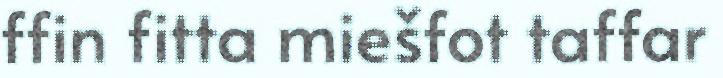
ffin fitta miešfot taffar